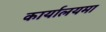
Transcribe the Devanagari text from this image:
कार्यालयमा